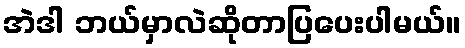
အဲဒါ ဘယ်မှာလဲဆိုတာပြပေးပါမယ်။